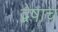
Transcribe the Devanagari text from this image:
द्वेषाच